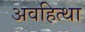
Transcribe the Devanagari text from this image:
अवहित्था